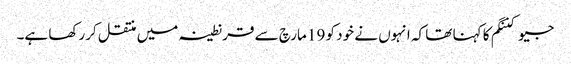
جیو کننگم کا کہنا تھا کہ انہوں نے خود کو 19 مارچ سے قرنطینہ میں منتقل کررکھا ہے۔